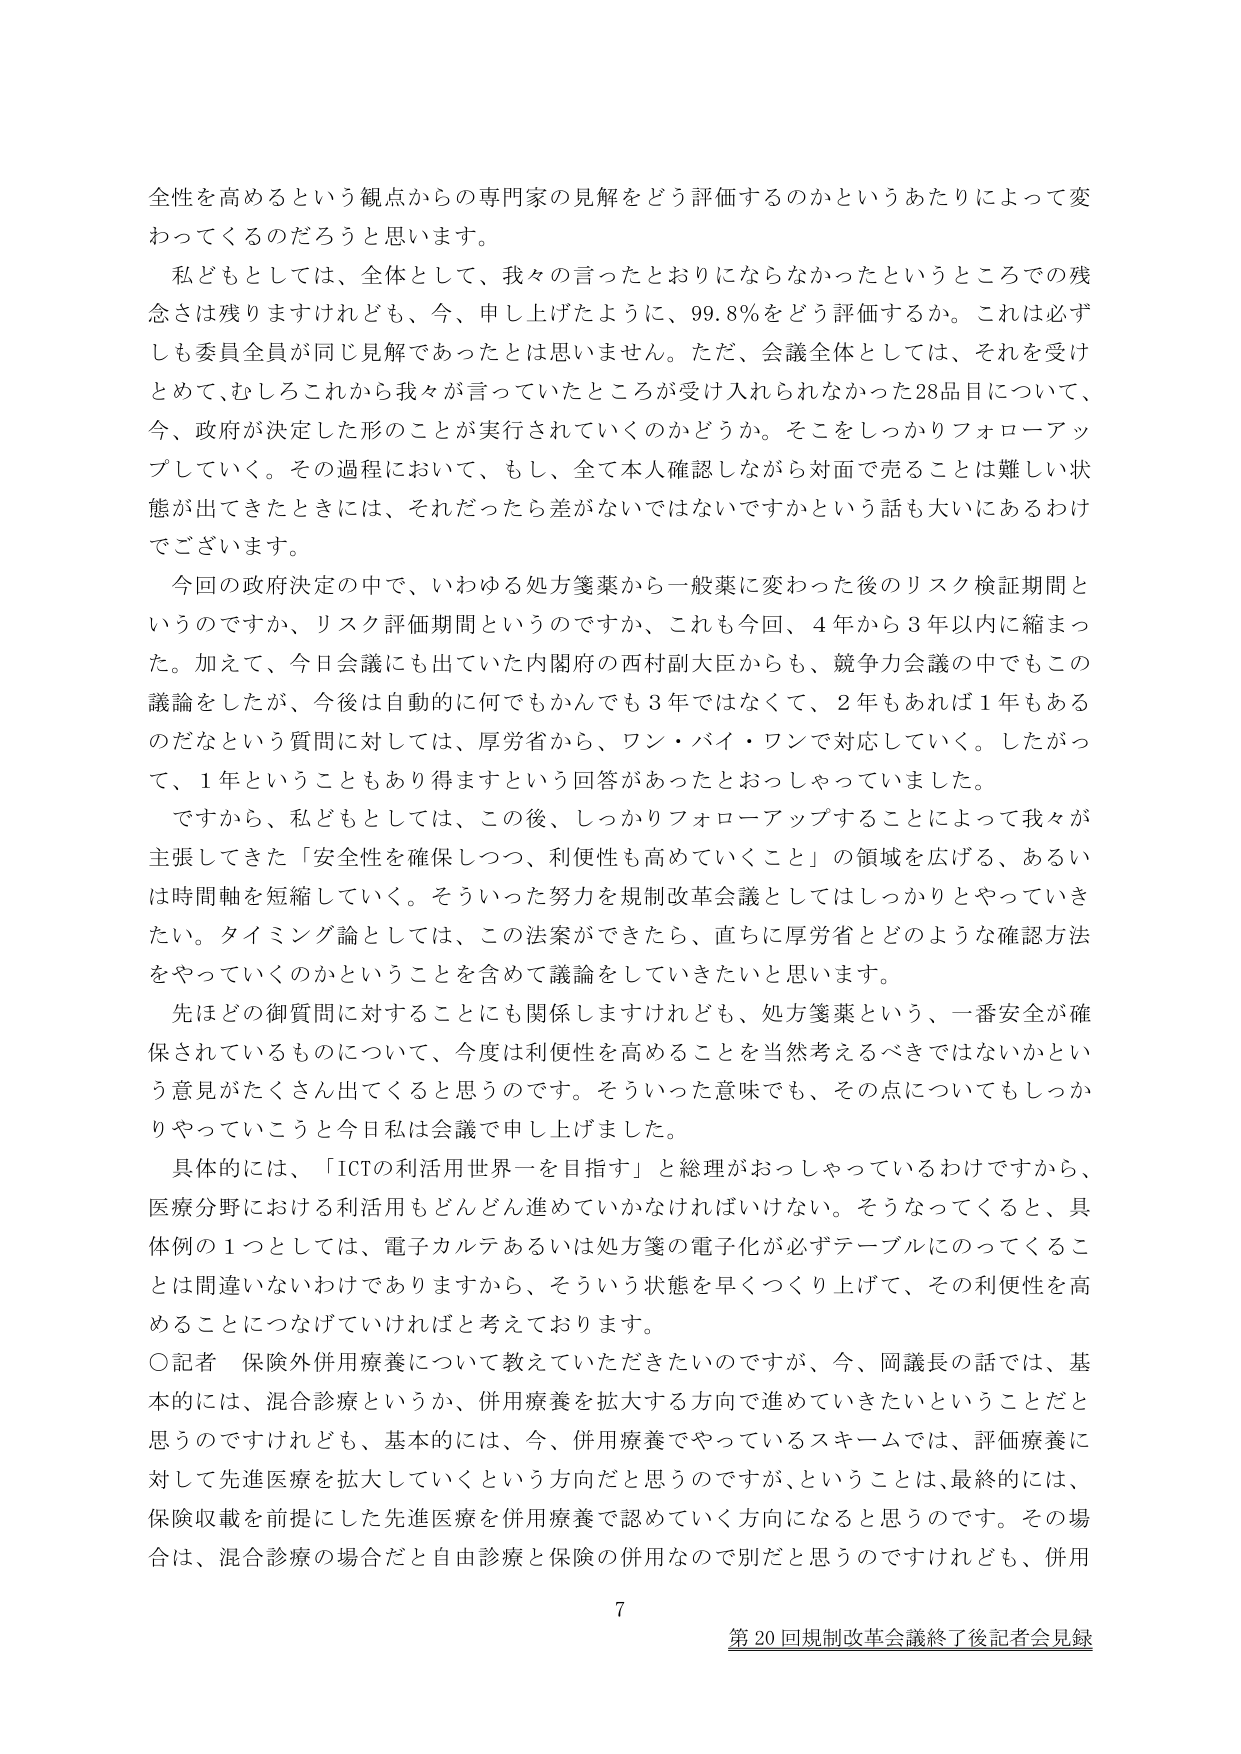
全性を高めるという観点からの専門家の見解をどう評価するのかというあたりによって変わってくるのだろうと思います。

私どもとしては、全体として、我々の言ったとおりにならなかったというところでの残念さは残りますけれども、今、申し上げたように、99.8％をどう評価するか。これは必ずしも委員全員が同じ見解であったとは思いません。ただ、会議全体としては、それを受けとめて、むしろこれから我々が言っていたところが受け入れられなかった28品目について、今、政府が決定した形のことが実行されていくのかどうか。そこをしっかりフォローアップしていく。その過程において、もし、全て本人確認しながら対面で売ることは難しい状態が出てきたときには、それだったら差がないではないですかという話も大いにあるわけでございます。

今回の政府決定の中で、いわゆる処方箋薬から一般薬に変わった後のリスク検証期間というのですか、リスク評価期間というのですか、これも今回、4年から3年以内に縮まった。加えて、今日会議にも出ていた内閣府の西村副大臣からも、競争力会議の中でもこの議論をしたが、今後は自動的に何でもかんでも3年ではなくて、2年もあれば1年もあるのだなという質問に対しては、厚労省から、ワン・バイ・ワンで対応していく。したがって、1年ということもあり得ますという回答があったとおっしゃっていました。

ですから、私どもとしては、この後、しっかりフォローアップすることによって我々が主張してきた「安全性を確保しつつ、利便性も高めていくこと」の領域を広げる、あるいは時間軸を短縮していく。そういった努力を規制改革会議としてはしっかりとやっていきたい。タイミング論としては、この法案ができたら、直ちに厚労省とどのような確認方法をやっていくのかということを含めて議論をしていきたいと思います。

先ほどの御質問に対する것にも関係しますけれども、処方箋薬という、一番安全が確保されているものについて、今度は利便性を高めることを当然考えるべきではないかという意見がたくさん出てくると思うのです。そういった意味でも、その点についてもしっかりやっていこうと今日私は会議で申し上げました。

具体的には、「ICTの利活用世界一を目指す」と総理がおっしゃっているわけですから、医療分野における利活用もどんどん進めていかなければならない。そうなるってくると、具体例の1つとしては、電子カルテあるいは処方箋の電子化が必ずテーブルにのってくることは間違いないわけでありますから、そういう状態を早くつくり上げて、その利便性を高めることにつなげていければと考えております。

〇記者 保険外併用療養について教えていただきたいのですが、今、岡議長の話では、基本的には、混合診療というか、併用療養を拡大する方向で進めていきたいということだと思うのですけれども、基本的には、今、併用療養でやっているスキームでは、評価療養に対して先進医療を拡大していくという方向だと思うのですが、ということは、最終的には、保険収載を前提にした先進医療を併用療養で認めていく方向になると思うのです。その場合は、混合診療の場合だと自由診療と保険の併用なので別だと思うのですけれども、併用

7

第20回規制改革会議終了後記者会見録